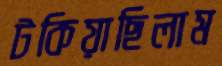
টকিয়াছিলাম